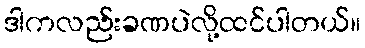
ဒါကလည်းခဏပဲလို့ထင်ပါတယ်။